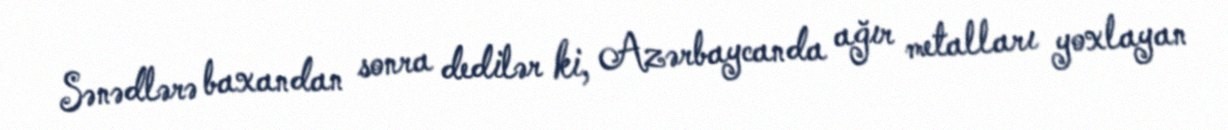
Sənədlərə baxandan sonra dedilər ki, Azərbaycanda ağır metalları yoxlayan